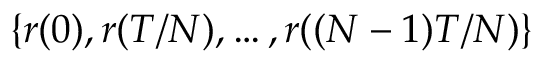
\{ r ( 0 ) , r ( T / N ) , \ldots , r ( ( N - 1 ) T / N ) \}